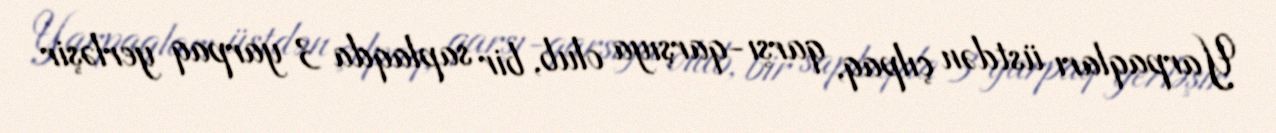
Yarpaqları üstdən çılpaq, qarşı-qarşıya olub, bir saplaqda 3 yarpaq yerləşir